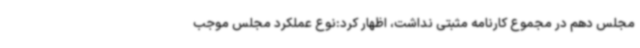
مجلس دهم در مجموع کارنامه مثبتی نداشت، اظهار کرد:نوع عملکرد مجلس موجب